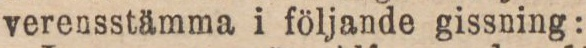
verensstämma i följande gissning: